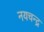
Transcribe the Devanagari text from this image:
नयचन्द्र